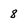
Character: 8